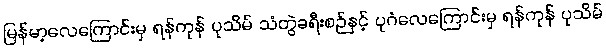
မြန်မာ့လေကြောင်းမှ ရန်ကုန် ပုသိမ် သံတွဲခရီးစဉ်နှင့် ပုဂံလေကြောင်းမှ ရန်ကုန် ပုသိမ်